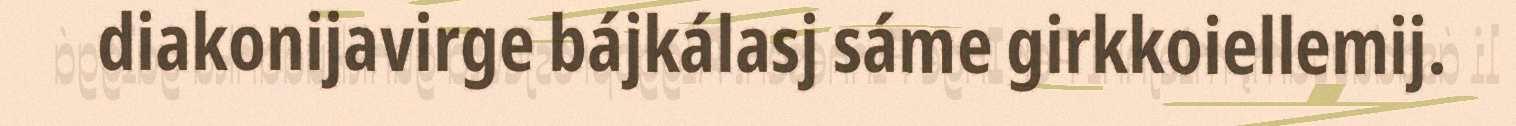
diakonijavirge bájkálasj sáme girkkoiellemij.